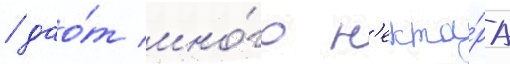
/ дао́т мно́го н'екта́ра